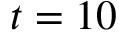
t = 1 0